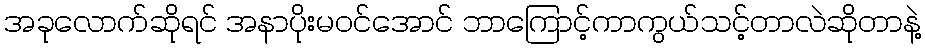
အခုလောက်ဆိုရင် အနာပိုးမဝင်အောင် ဘာကြောင့်ကာကွယ်သင့်တာလဲဆိုတာနဲ့